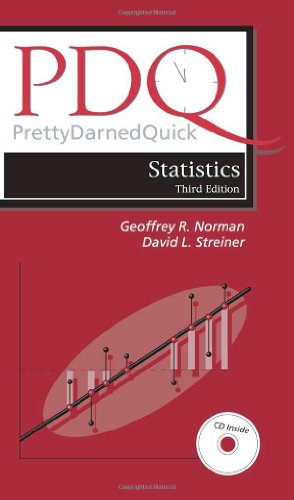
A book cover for Pdq Statistics (PDQ Series) Third Edition; Geoffrey R. Norman; Medical Books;